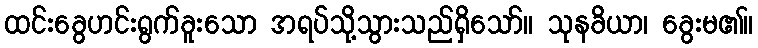
ထင်းခွေဟင်းရွက်ခူးသော အရပ်သို့သွားသည်ရှိသော်။ သုနခိယာ၊ ခွေးမ၏။